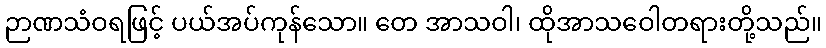
ဉာဏသံဝရဖြင့် ပယ်အပ်ကုန်သော။ တေ အာသဝါ၊ ထိုအာသဝေါတရားတို့သည်။